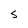
Character: S